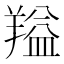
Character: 𬙻